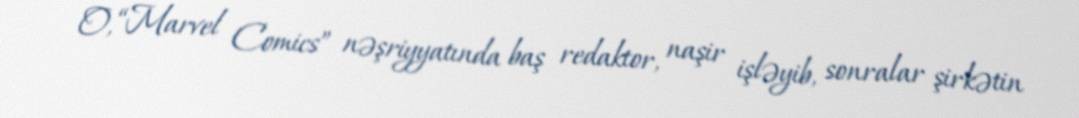
O, “Marvel Comics” nəşriyyatında baş redaktor, naşir işləyib, sonralar şirkətin